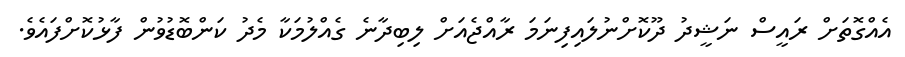
އެއްގޮތަށް ރައީސް ނަޝީދު ދޫކޮށްނުލައިފިނަމަ ރާއްޖެއަށް ލިބިދާނެ ގެއްލުމަކާ މެދު ކަންބޮޑުވުން ފާޅުކޮށްފައެވެ.